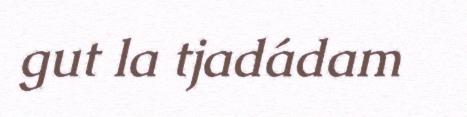
gut la tjadádam